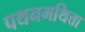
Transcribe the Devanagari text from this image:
पथनमथित्ता